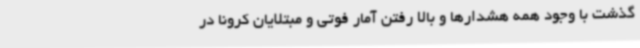
گذشت با وجود همه هشدارها و بالا رفتن آمار فوتی و مبتلایان کرونا در